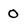
Character: O